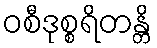
ဝစီဒုစ္စရိတန္တိ